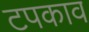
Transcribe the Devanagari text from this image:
टपकाव